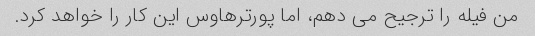
من فیله را ترجیح می دهم، اما پورترهاوس این کار را خواهد کرد.